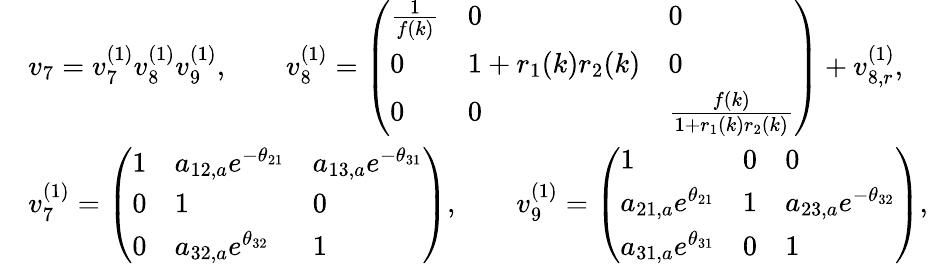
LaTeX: \begin{array}{rl}&{v_{7}=v_{7}^{(1)}v_{8}^{(1)}v_{9}^{(1)},\qquad v_{8}^{(1)}=\left(\begin{array}{lll}{\frac{1}{f(k)}}&{0}&{0}\\ {0}&{1+r_{1}(k)r_{2}(k)}&{0}\\ {0}&{0}&{\frac{f(k)}{1+r_{1}(k)r_{2}(k)}}\end{array}\right)+v_{8,r}^{(1)},}\\ &{v_{7}^{(1)}=\left(\begin{array}{lll}{1}&{a_{12,a}e^{-\theta_{21}}}&{a_{13,a}e^{-\theta_{31}}}\\ {0}&{1}&{0}\\ {0}&{a_{32,a}e^{\theta_{32}}}&{1}\end{array}\right),\qquad v_{9}^{(1)}=\left(\begin{array}{lll}{1}&{0}&{0}\\ {a_{21,a}e^{\theta_{21}}}&{1}&{a_{23,a}e^{-\theta_{32}}}\\ {a_{31,a}e^{\theta_{31}}}&{0}&{1}\end{array}\right),}\end{array}